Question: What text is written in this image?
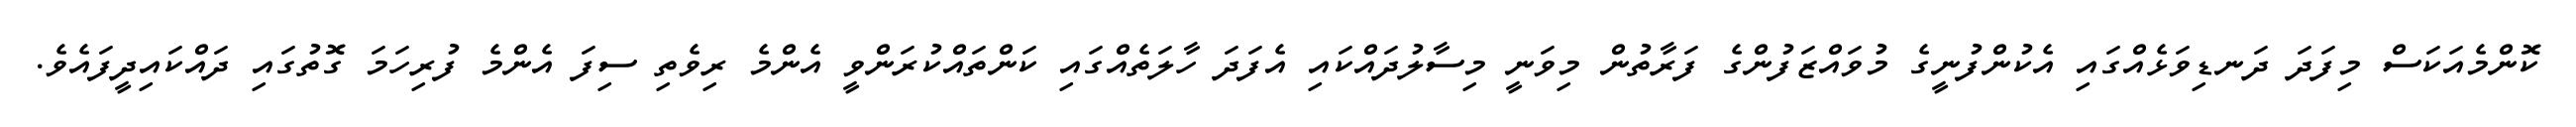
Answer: ކޮންމެއަކަސް މިފަދަ ދަނޑިވަޅެއްގައި އެކުންފުނީގެ މުވައްޒަފުންގެ ފަރާތުން މިވަނީ މިސާލުދައްކައި އެފަދަ ހާލަތެއްގައި ކަންތައްކުރަންވީ އެންމެ ރިވެތި ސިފަ އެންމެ ފުރިހަމަ ގޮތުގައި ދައްކައިދީފައެވެ.